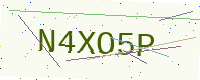
Text: N4XO5P